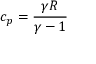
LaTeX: c _ { p } = { \frac { \gamma R } { \gamma - 1 } }